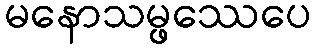
မနောသမ္ဖဿေပေ